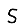
Digit: 5